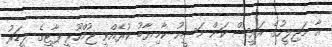
އާ މަޖިލީހުގެ ރައީސް ކަން މަސީހު ކާމިޔާބު ކުރެއްވީ ޖުމްހޫރީ ޕާޓީގެ ލީޑަރު